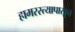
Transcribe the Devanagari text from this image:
हामरस्त्यापासून